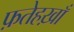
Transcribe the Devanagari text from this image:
फ़तेहख़ाँ